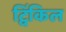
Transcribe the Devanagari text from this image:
ट्विंकिल